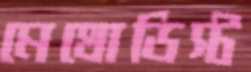
মেথোডিস্ট